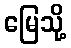
မြေသို့